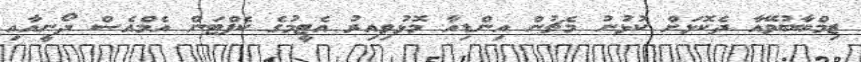
ޒިމްބާބުވޭއާ ދެކޮޅަށް ކުޅުނު މެޗުން އިންޑިއާ މޮޅުވިއިރު އެޓީމުގެ ކެޕްޓަން އެމްއެސް ދޯނީއާއި